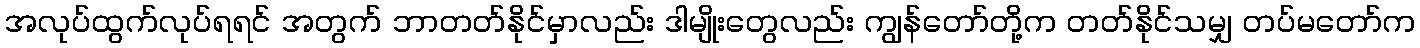
အလုပ်ထွက်လုပ်ရရင် အတွက် ဘာတတ်နိုင်မှာလည်း ဒါမျိုးတွေလည်း ကျွန်တော်တို့က တတ်နိုင်သမျှ တပ်မတော်က